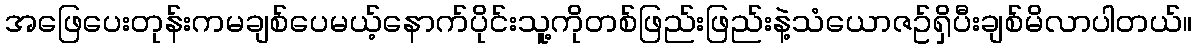
အဖြေပေးတုန်းကမချစ်ပေမယ့်နောက်ပိုင်းသူ့ကိုတစ်ဖြည်းဖြည်းနဲ့သံယောဇဥ်ရှိပီးချစ်မိလာပါတယ်။